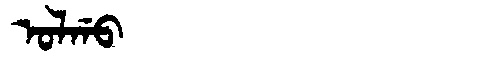
Manchu: ᠣᠯᡤᠣ
Romanization: OLGO